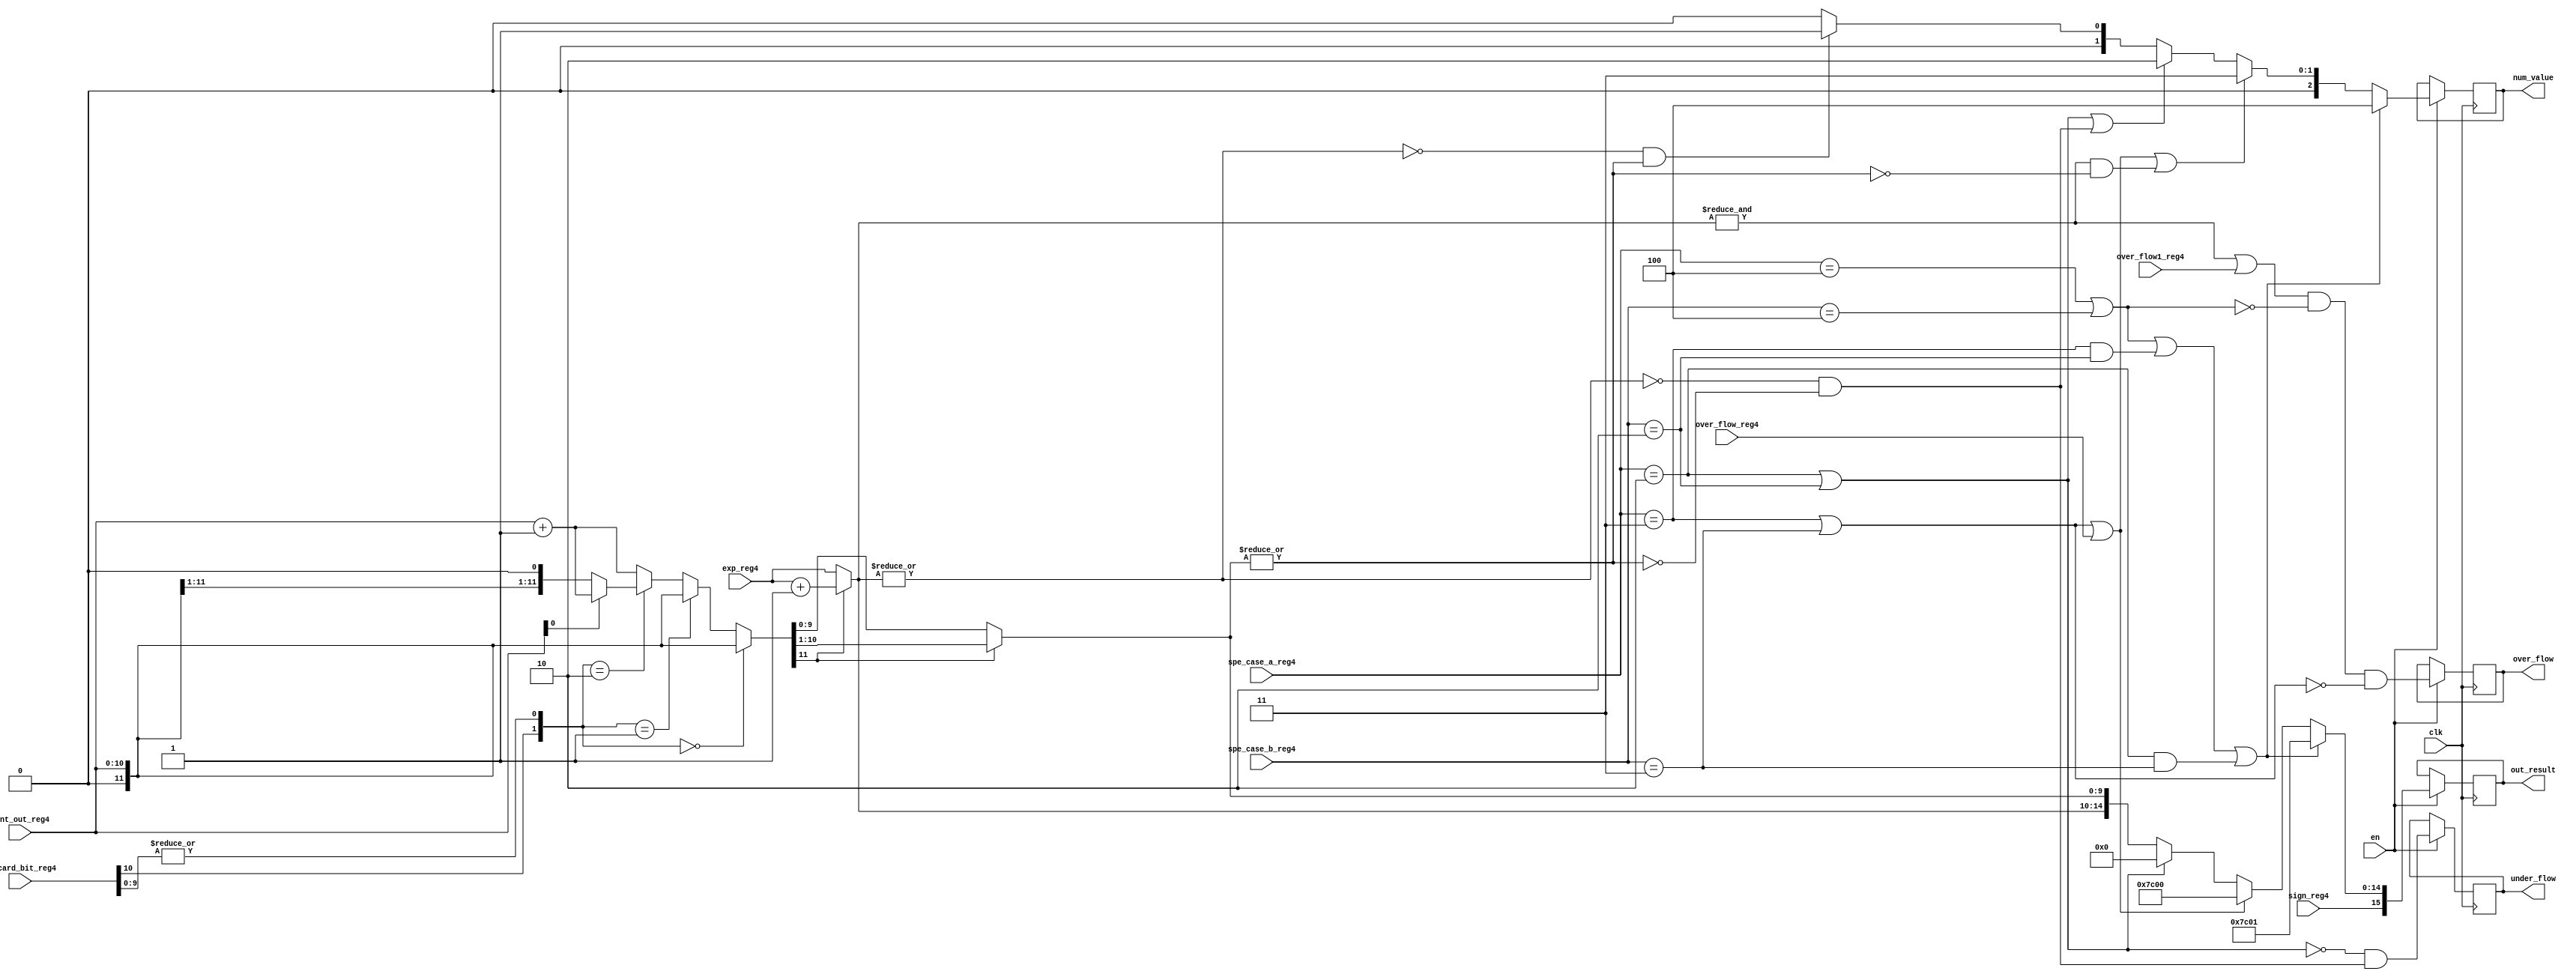
////////////////////////////////////////////////////////////////////////////////////////
// Project Code      : S_1006
// Project Name      : Floating Point IP Core
// Module Name       : Stage-5 Pipeline Floating point Multiplication
// Function          : Multiply the two floating point operands
////////////////////////////////////////////////////////////////////////////////////////

module stage_5

#( parameter    DW         = 16,    
   parameter    EXP        = 5 ,    
   parameter    MANT       = 10,    
   parameter    CG_EN      = 0 ,
   parameter    ROUND_TYP  = 1   
 )
 
(
  //////////////////////////////////////////////////
  //              Input Ports                     //       
  //////////////////////////////////////////////////
  input wire                    clk                   ,//System Clock  
  input wire                    en                    ,//Enable signal  
  input wire                    sign_reg4             ,//Sign bit register
  input wire   [MANT   :0]      mant_out_reg4         ,//Mantissa output after shifting opration 
  input wire   [EXP-1  :0]      exp_reg4              ,//Exponent output after shifting opration  
  input wire                    over_flow_reg4        ,//Overflow for assignation  
  input wire                    over_flow1_reg4       ,//Overflow output  
  input wire   [2      :0]      spe_case_a_reg4       ,//Special case identification for Nromalized,De-Normalized,Infinity,Zero or NAN
  input wire   [2      :0]      spe_case_b_reg4       ,//Special case identification for Nromalized,De-Normalized,Infinity,Zero or NAN       
  input wire   [MANT   :0]      discard_bit_reg4      ,//Discard bits for rounding calculation

  //////////////////////////////////////////////////
  //             Output Ports                     //       
  //////////////////////////////////////////////////
 
  output reg  [DW-1    :0]     out_result       , //Final 16-bit single precision floating point multiplication output
  output reg  [2       :0]     num_value        , //identification flag value for Nromalized,De-Normalized,Infinity,Zero or NAN
  output reg                   over_flow        , //Overflow bit
  output reg                   under_flow         //underflow bit
  
);

  
  ///////////////////////////////////////////////////
  //       Stage-4 Internal Wires                  //
  /////////////////////////////////////////////////// 
  wire                round_bit       ; 
  wire                sticky_bit      ;
  wire  [MANT+1    :0]  round_mant_bit  ;
  wire  [MANT+1    :0]  norm_mat_bit    ;
  wire  [EXP-1     :0]  exp_out3        ;
  
  wire                w_nan_1         ;
  wire                w_nan_2         ;
  wire                w_nan_3         ;
  wire                w_infinity      ;
  wire                w_zero          ;
  wire                w_exp_reg4      ;
                      
  wire                w_exp_reg3      ;
  wire                w1_exp_reg3     ;
  wire                w_mant_out_reg3 ;  
  
  ///////////////////////////////////////////////////
  //     Stage-4 Internal Registers                //
  ///////////////////////////////////////////////////  
 
  wire [DW-1  :0]     out_result_tmp ;
  wire [2     :0]     num_value_tmp  ;
  wire                w_und_fl       ;
  
  //-----------------------------------------------------------------------------------
  //---------------Pipeline Stage-5 function ------------------------------------------
  //-----------------------------------------------------------------------------------    
  
  //Round bit assignation
  assign round_bit=discard_bit_reg4[MANT];
  
  //sticky bit calculation
  assign sticky_bit=|discard_bit_reg4[MANT-1:0];
 
generate
 //Rounding function  
  if(ROUND_TYP == 1) //Round to nearest even
  begin
  assign round_mant_bit = ({round_bit,sticky_bit}==2'b00)?({1'b0,mant_out_reg4}):
                          ({round_bit,sticky_bit}==2'b01)?({1'b0,mant_out_reg4}):
                          ({round_bit,sticky_bit}==2'b10)?((mant_out_reg4[0])?(mant_out_reg4+({MANT+1{1'd0}}+1'd1)):({1'b0,mant_out_reg4})):
                                                          (mant_out_reg4+({MANT+1{1'd0}}+1'd1)) ;
  end
  
  else if(ROUND_TYP == 2) //Round toward zero
  begin
  assign round_mant_bit = ({1'b0,mant_out_reg4}) ;
  end
  
  else if(ROUND_TYP == 3) //Round toward +infinity
  begin
  assign round_mant_bit = (~sign_reg4 && (round_bit||sticky_bit))?(mant_out_reg4+({MANT+1{1'd0}}+1'd1)):({1'b0,mant_out_reg4}) ;
  end
  
  else //Round toward -infinity
  begin
  assign round_mant_bit = (sign_reg4 && (round_bit||sticky_bit))?(mant_out_reg4+({MANT{1'd0}}+1'd1)):({1'b0,mant_out_reg4}) ;
  end
  
endgenerate
 
  //Normalization after rounding
  assign norm_mat_bit    = (round_mant_bit[MANT+1])?{1'b0,round_mant_bit[MANT+1:1]}:round_mant_bit;
                         
  //Exponent bit calculation after roundg and normalization
  assign exp_out3        = (round_mant_bit[MANT+1]) ? exp_reg4+({EXP{1'd0}}+1'd1) : exp_reg4; 
                         
  assign w_nan_1         = (spe_case_a_reg4==3'd4)|(spe_case_b_reg4==3'd4);
  assign w_nan_2         = (spe_case_a_reg4==3'd3)&(spe_case_b_reg4==3'd2);
  assign w_nan_3         = (spe_case_a_reg4==3'd2)&(spe_case_b_reg4==3'd3);
  assign w_infinity      = (spe_case_a_reg4==3'd3)|(spe_case_b_reg4==3'd3);
  assign w_zero          = (spe_case_a_reg4==3'd2)|(spe_case_b_reg4==3'd2);
                         
  assign w_exp_reg4      = &(exp_out3);
  
  assign w_exp_reg3      = &(exp_out3);
                           
  assign w1_exp_reg3     = |(exp_out3);  
                           
  assign w_mant_out_reg3 = |(norm_mat_bit[MANT-1:0 ]);
                           
  assign w_und_fl        = (~w1_exp_reg3)&(~w_mant_out_reg3);
								   
  //Final output result assignation
  assign out_result_tmp    =(w_nan_1 || w_nan_2 || w_nan_3)  ? {sign_reg4,{EXP{1'd1}},{{MANT{1'd0}}+1'd1}}:  //NAN(Not A Number) result  
                            (w_infinity || over_flow_reg4)   ? {sign_reg4,{EXP{1'd1}},{MANT{1'd0}} }:        //Infinity result
                            (w_zero                     )    ? {sign_reg4,{EXP{1'd0}},{MANT{1'd0}} }:        //Zero value result
                                                               {sign_reg4,exp_out3,norm_mat_bit[MANT-1:0]};  //Normalized or denormalized result
  //Final Flag value assignation  
  assign num_value_tmp     =(w_nan_1 || w_nan_2 || w_nan_3)                                   ? 3'd4: //NAN(Not A Number) 
                            (w_infinity || over_flow_reg4 ||(w_exp_reg3 &&(!w_mant_out_reg3)))? 3'd3: //Infinity value
                            (w_zero || w_und_fl)                                              ? 3'd2: //Zero value
                            ((!w1_exp_reg3) && w_mant_out_reg3)                               ? 3'd1: //Denormalized
                                                                                                3'd0; //Normalized or denormalized value				
generate
  if(CG_EN)
    begin    
      always @(posedge clk) 
        begin                 	
          under_flow         <= (~w_zero)& w_und_fl                                  ;	
          over_flow          <= (w_exp_reg4|over_flow1_reg4)&(~w_nan_1)&(~w_infinity);		
          out_result         <= out_result_tmp                                       ;
          num_value          <= num_value_tmp                                        ;		                   
        end                 
    end
  else
    begin    
      always @(posedge clk)
        if(en)
          begin                 	
            under_flow       <= (~w_zero)& w_und_fl                                  ;	
            over_flow        <= (w_exp_reg4|over_flow1_reg4)&(~w_nan_1)&(~w_infinity);		
            out_result       <= out_result_tmp                                       ;
            num_value        <= num_value_tmp                                        ;		                   
          end  
    end  
endgenerate
endmodule